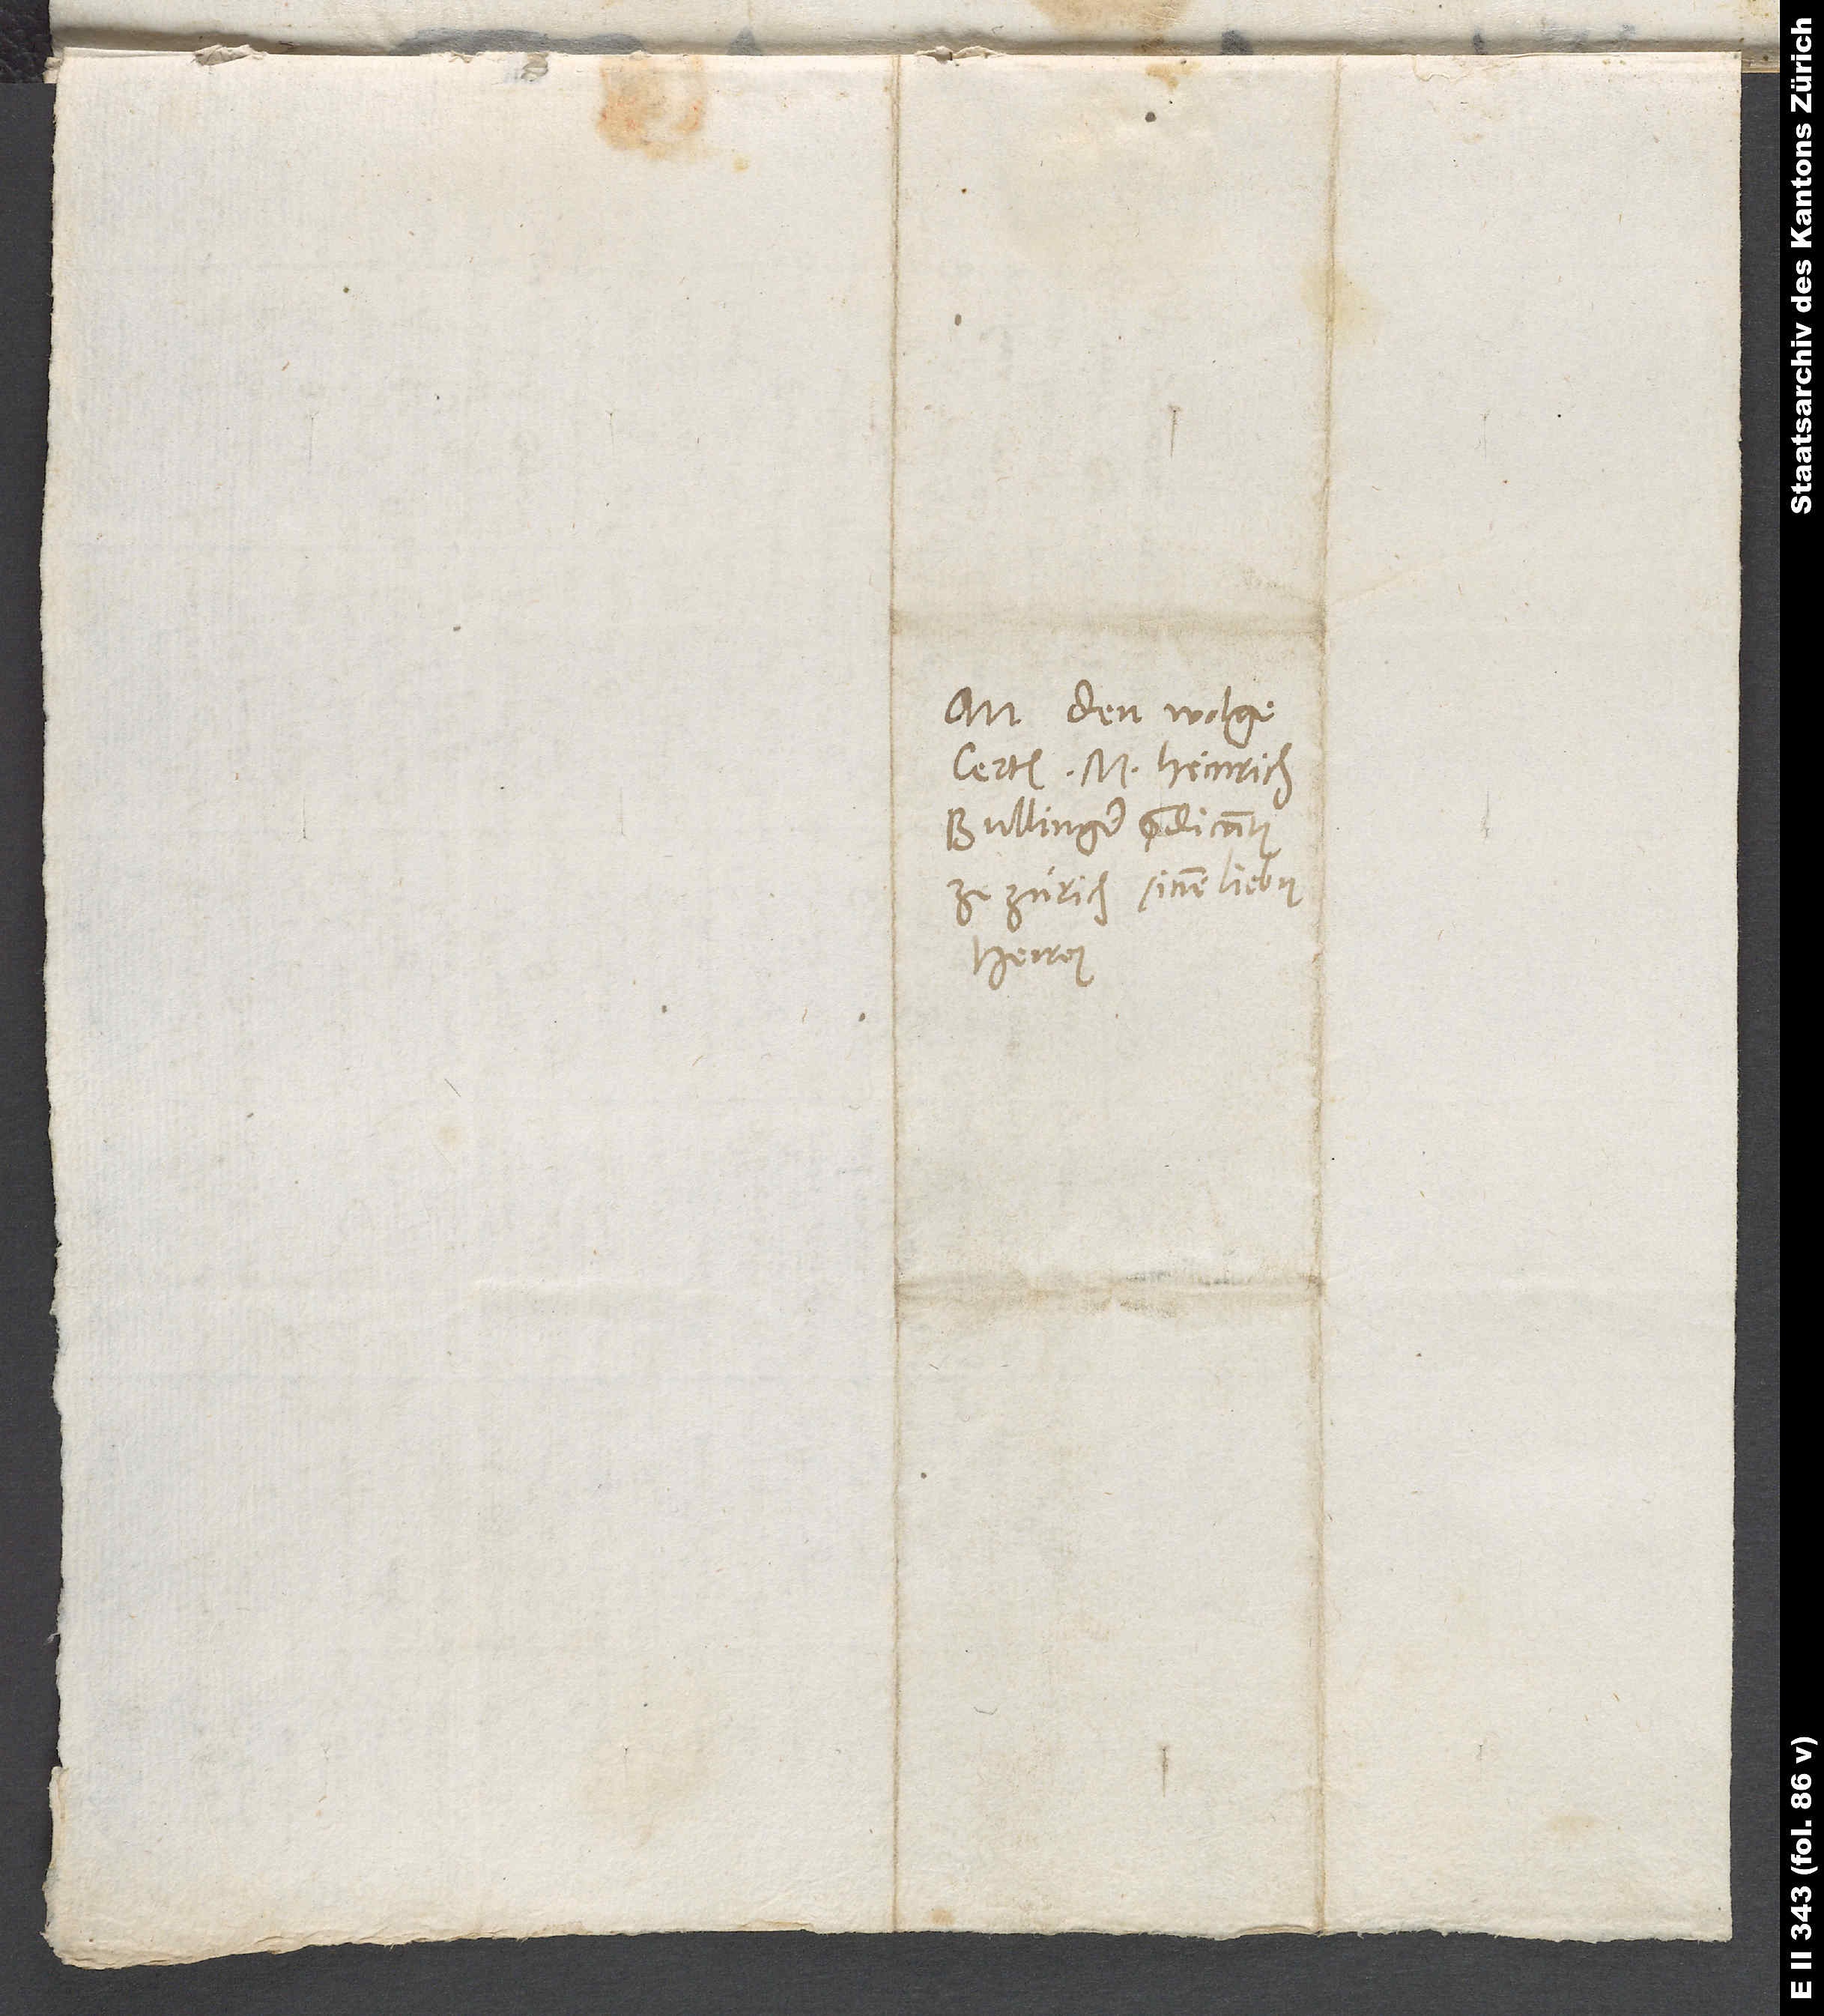
An den wolgelerten
Bullinger, predicanten
ze Zürich, sinem lieben